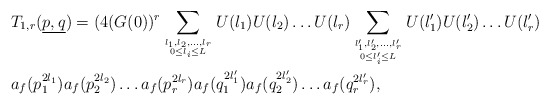
\begin{align*}&T_{1,r}(\underline{p,q}) = (4(G(0))^r\sum_{l_1,l_2,\dots, l_r \atop {0 \leq l_i \leq L}}U(l_1)U(l_2)\dots U(l_r) \sum_{l_1',l_2',\dots, l_r' \atop {0 \leq l_i' \leq L}}U(l_1')U(l_2')\dots U(l_r') \\&a_f(p_1^{2l_1})a_f(p_2^{2l_2})\dots a_f(p_r^{2l_r})a_f(q_1^{2l_1'})a_f(q_2^{2l_2'})\dots a_f(q_r^{2l_r'}),\\\end{align*}